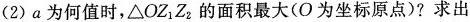
(2)a为何值时，\triangle OZ_{1}Z_{2}的面积最大(О为坐标原点)?求出